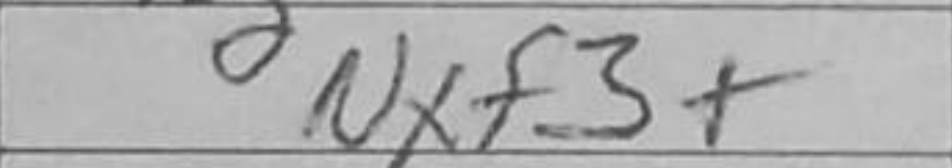
Transcription: Nxf3+